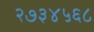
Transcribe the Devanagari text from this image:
२७३४५६८